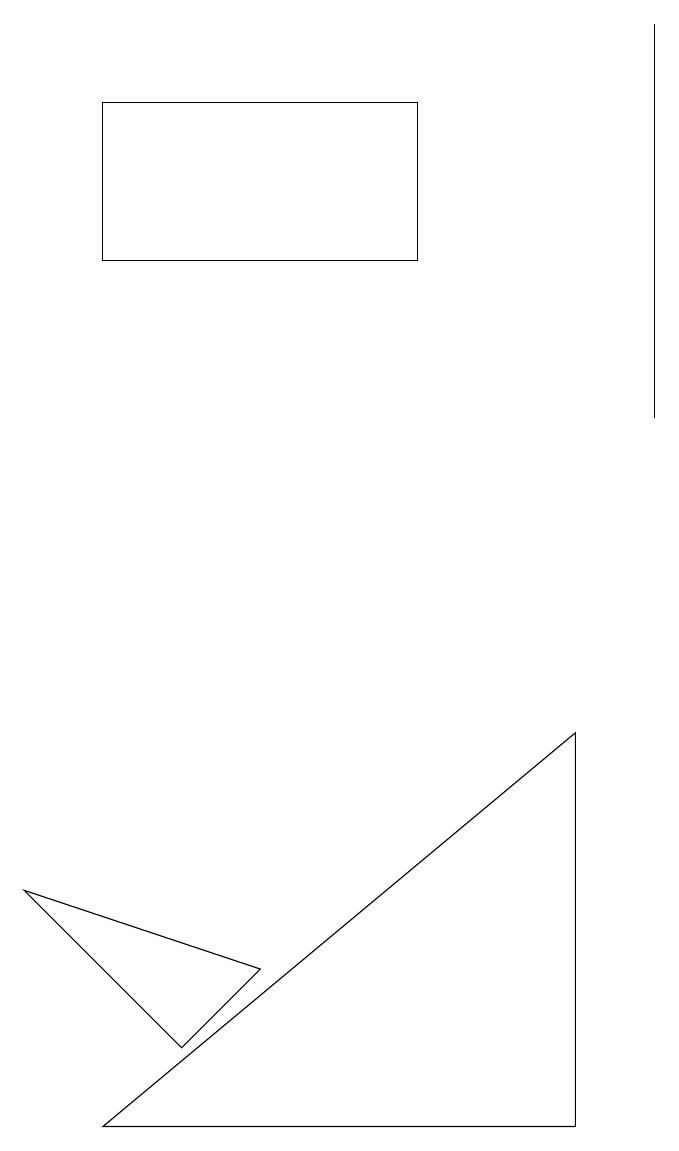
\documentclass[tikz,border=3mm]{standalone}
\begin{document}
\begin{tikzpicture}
\draw (5,15) rectangle (1,13);
\draw (0,5) -- (3,4) -- (2,3) -- cycle;
\draw (8,16) rectangle (8,11);
\draw (1,2) -- (7,2) -- (7,7) -- cycle;
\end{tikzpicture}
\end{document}